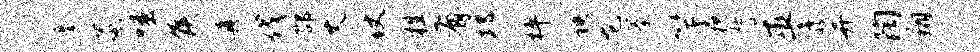
搴蒸嗤侯真伐邵丈仗牲有邛枰秧龙蓁竽枕誓巫隳并陶翔